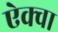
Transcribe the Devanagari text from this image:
ऐक्वा